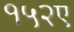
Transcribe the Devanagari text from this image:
१५२ए